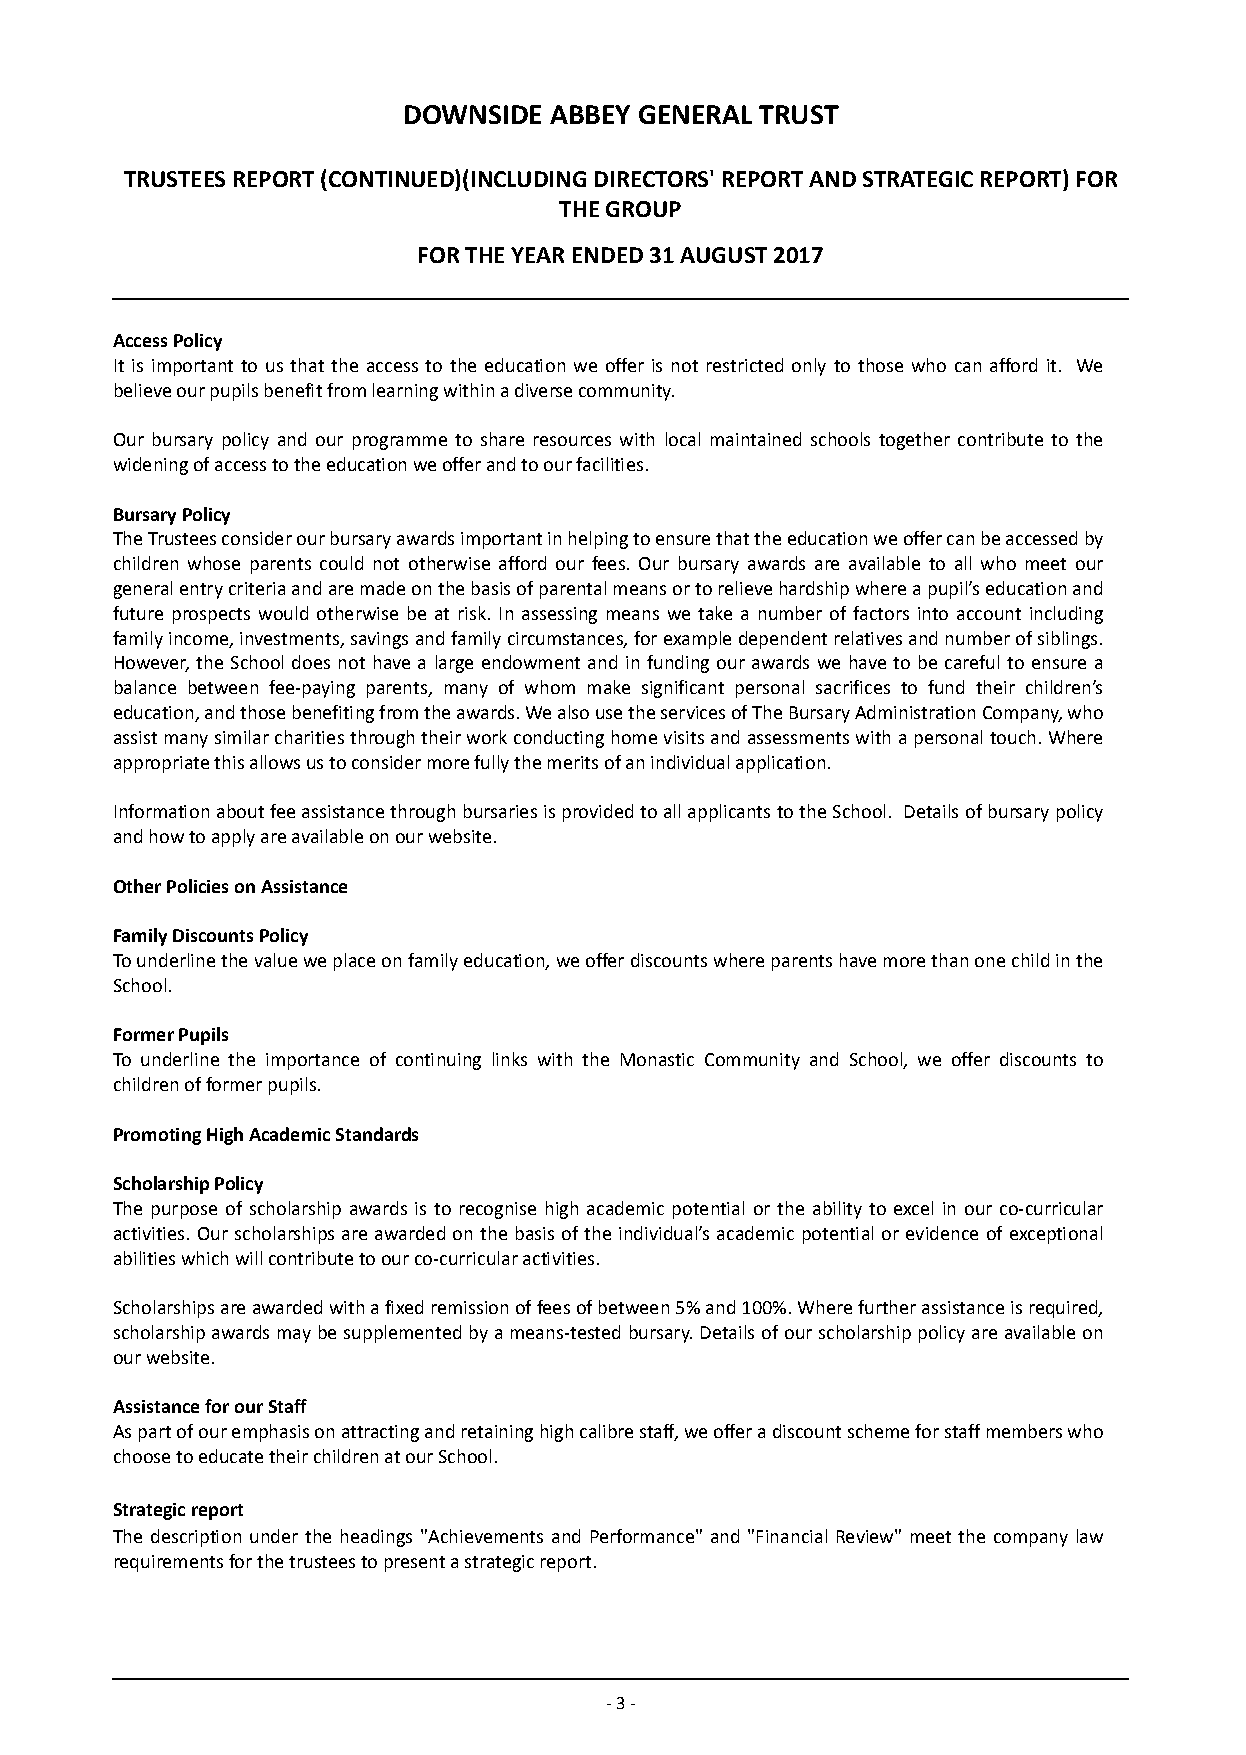
DOWNSIDE ABBEY GENERAL TRUST
 TRUSTEES REPORT (CONTINUED)(INCLUDING DIRECTORS' REPORT AND STRATEGIC REPORT) FOR
 THE GROUP
 FOR THE YEAR ENDED 31 AUGUST 2017
 Access Policy
 It is important to us that the access to the education we offer is not restricted only to those who can afford it. We
 believe our pupils benefit from learning within a diverse community.
 Our bursary policy and our programme to share resources with local maintained schools together contribute to the
 widening of access to the education we offer and to our facilities.
 Bursary Policy
 The Trustees consider our bursary awards important in helping to ensure that the education we offer can be accessed by
 children whose parents could not otherwise afford our fees. Our bursary awards are available to all who meet our
 general entry criteria and are made on the basis of parental means or to relieve hardship where a pupil’s education and
 future prospects would otherwise be at risk. In assessing means we take a number of factors into account including
 family income, investments, savings and family circumstances, for example dependent relatives and number of siblings.
 However, the School does not have a large endowment and in funding our awards we have to be careful to ensure a
 balance between fee-paying parents, many of whom make significant personal sacrifices to fund their children’s
 education, and those benefiting from the awards. We also u se the services of T he Bursary Administration Company, who
 assist many similar charities through their work conducting home visits a nd a ssessments with a personal touch. Where
 appropriate this allows us to consider more fully the merits of an individual application.
 Information about fee assistance through bursaries is provided to all appli cants t o the School. Details of bursary policy
 and how to apply are available on our website.
 Other Policies on Assistance
 Family Discounts Policy
 To underline the value we place on family education, we offer discounts where parents have more than one child in the
 School.
 Former Pupils
 To underline the importance of continuing links with the Monastic Community and School, we offer discounts to
 children of former pupils.
 Promoting High Academic Standards
 Scholarship Policy
 The purpose of scholarship awards is to recognise high academic potential or the ability to excel in our co-curricular
 activities. Our scholarships are awarded on the basis of the individual’s academic potential or evidence of exceptional
 abilities which will contribute to our co-curricular activities.
 Scholarships are awarded with a fixed remission of fees of between 5% and 100%. Where further assistance is required,
 scholarship awards may be supplemented by a means-tested bursary. Details of our scholarship policy are available on
 our website.
 Assistance for our Staff
 As part of our emphasis on attracting and retaining high calibre staff, we offer a discount scheme for staff members who
 choose to educate their children at our School.
 Strategic report
 The description under the headings "Achievements and Performance" and "Financial Review" meet the company law
 requirements for the trustees to present a strategic report.
 - 3 -